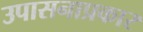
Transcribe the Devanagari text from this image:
उपासनाप्रकार